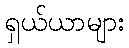
ရှယ်ယာများ